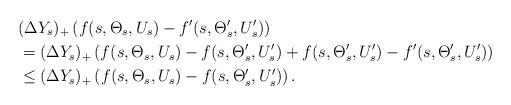
LaTeX: \begin{align*}& (\Delta Y_s)_+\left(f(s,\Theta_s,U_s)-f'(s,\Theta'_s, U'_s)\right)\\& =(\Delta Y_s)_+\left(f(s,\Theta_s,U_s)-f(s,\Theta'_s, U'_s)+f(s,\Theta'_s,U'_s)-f'(s,\Theta'_s, U'_s)\right)\\&\leq(\Delta Y_s)_+\left(f(s,\Theta_s,U_s)-f(s,\Theta'_s, U'_s)\right). \end{align*}